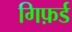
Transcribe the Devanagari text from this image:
गिफ़र्ड